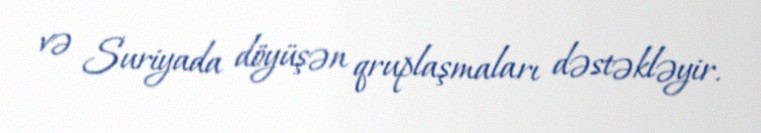
və Suriyada döyüşən qruplaşmaları dəstəkləyir.